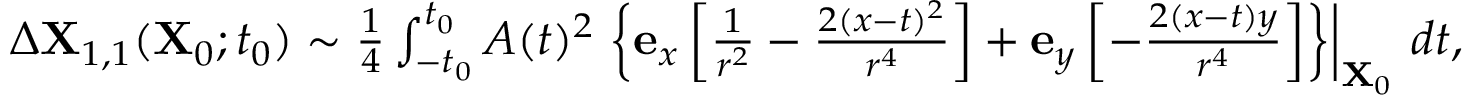
\begin{array} { r } { \Delta \mathbf { X } _ { 1 , 1 } ( \mathbf { X } _ { 0 } ; t _ { 0 } ) \sim \frac { 1 } { 4 } \int _ { - t _ { 0 } } ^ { t _ { 0 } } A ( t ) ^ { 2 } \left. \left\{ \mathbf { e } _ { x } \left[ \frac { 1 } { r ^ { 2 } } - \frac { 2 ( x - t ) ^ { 2 } } { r ^ { 4 } } \right] + \mathbf { e } _ { y } \left[ - \frac { 2 ( x - t ) y } { r ^ { 4 } } \right] \right\} \right\vert _ { \mathbf { X } _ { 0 } } \, d t , } \end{array}